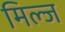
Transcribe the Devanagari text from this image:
मिल्ज